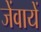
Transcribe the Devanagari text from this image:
जेंवायें